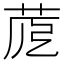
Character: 𦱼